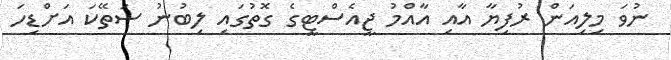
ނުވަ މިލިއަން ރުފިޔާ އާއި އާއްމު ޖީއެސްޓީގެ ގޮތުގައި ލިބުނު ސަތޭކަ އަށްޑިހަ